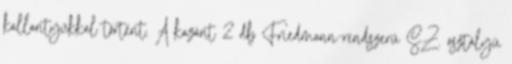
kallantyúkkal történt. A kazánt 2 db Friedmann-rendszerű SZ. osztályú